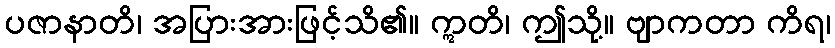
ပဇာနာတိ၊ အပြားအားဖြင့်သိ၏။ ဣတိ၊ ဤသို့။ ဗျာကတာ ကိရ၊